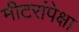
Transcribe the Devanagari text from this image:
मीटरांपेक्षा